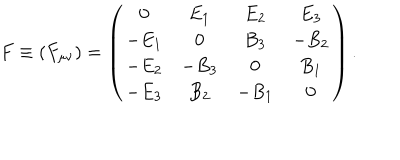
F \equiv ( F _ { \mu \nu } ) = \left( \begin{array} { c c c c } { { 0 } } & { { E _ { 1 } } } & { { E _ { 2 } } } & { { E _ { 3 } } } \\ { { - E _ { 1 } } } & { { 0 } } & { { B _ { 3 } } } & { { - B _ { 2 } } } \\ { { - E _ { 2 } } } & { { - B _ { 3 } } } & { { 0 } } & { { B _ { 1 } } } \\ { { - E _ { 3 } } } & { { B _ { 2 } } } & { { - B _ { 1 } } } & { { 0 } } \\ \end{array} \right) .